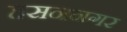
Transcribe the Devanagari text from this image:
हसननगर